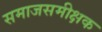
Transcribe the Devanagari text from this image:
समाजसमीक्षक